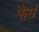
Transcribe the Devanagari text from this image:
फैर्स